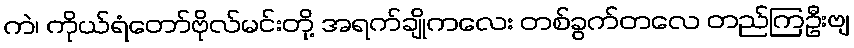
ကဲ၊ ကိုယ်ရံတော်ဗိုလ်မင်းတို့ အရက်ချိုကလေး တစ်ခွက်တလေ တည်ကြဦးဗျ